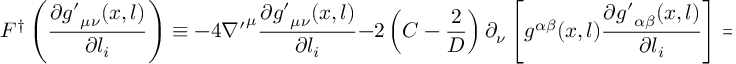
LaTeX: F ^ { \dag } \left( \frac { \partial { g ^ { \prime } } _ { \mu \nu } ( x , l ) } { \partial l _ { i } } \right) \equiv - 4 { \nabla ^ { \prime } } ^ { \mu } \frac { \partial { g ^ { \prime } } _ { \mu \nu } ( x , l ) } { \partial l _ { i } } - 2 \left( C - \frac { 2 } { D } \right) \partial _ { \nu } \left[ { g } ^ { \alpha \beta } ( x , l ) \frac { \partial { g ^ { \prime } } _ { \alpha \beta } ( x , l ) } { \partial l _ { i } } \right] = 0 \; .